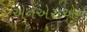
એનએસએન